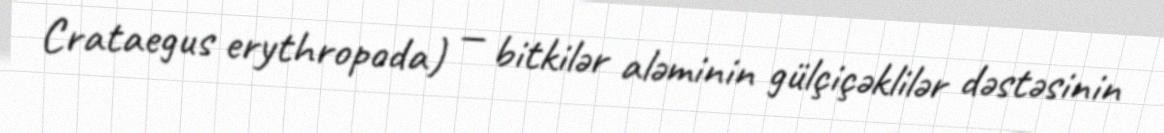
Crataegus erythropoda) — bitkilər aləminin gülçiçəklilər dəstəsinin